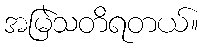
အမြဲသတိရတယ်။